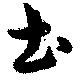
土